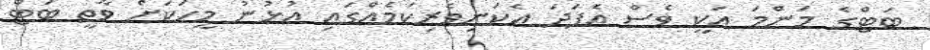
ބަޓްގެ މަންމަ އަކީ ވެސް އެފަދަ އެކަނިވެރިކަމެއްގައި އުޅުނު މީހަކަށް ވާތީ ބަޓް